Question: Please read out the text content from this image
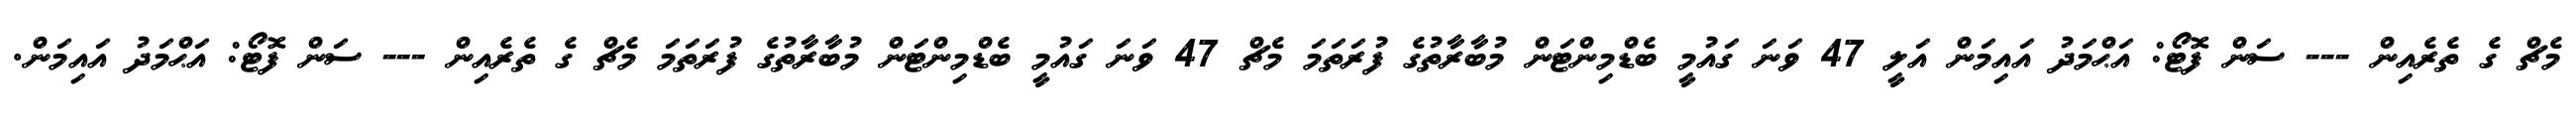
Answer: މެޗް ގެ ތެރެއިން --- ސަން ފޮޓޯ: އަޙްމަދު އައިމަން އަލީ 47 ވަނަ ގައުމީ ބެޑްމިންޓަން މުބާރާތުގެ ފުރަތަމަ މެޗް 47 ވަނަ ގައުމީ ބެޑްމިންޓަން މުބާރާތުގެ ފުރަތަމަ މެޗް ގެ ތެރެއިން --- ސަން ފޮޓޯ: އަޙްމަދު އައިމަން.